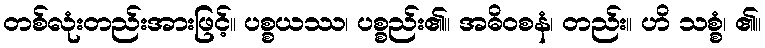
တစ်လုံးတည်းအားဖြင့်။ ပစ္စယဿ၊ ပစ္စည်း၏။ အဓိဝစနံ၊ တည်း။ ဟိ သစ္စံ၊ ၏။